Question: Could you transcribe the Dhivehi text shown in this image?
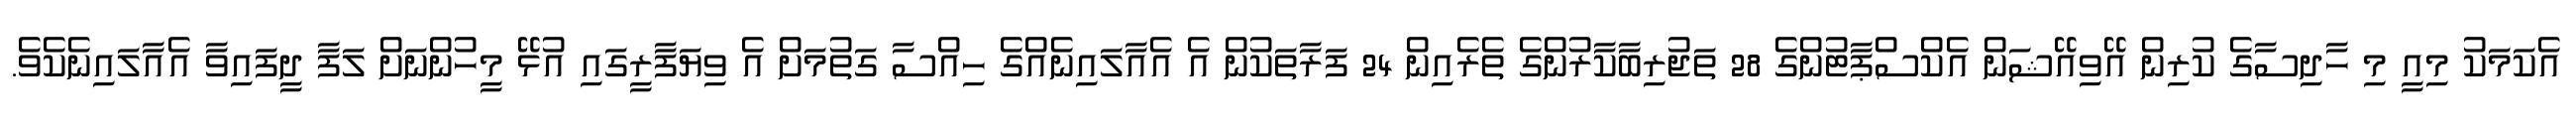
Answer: އެކަމަކު މިއީ މި ހާދިސާގެ ކުރިން އޭވިއޭޝަން އެކްސްޕާޓުންގެ 28 ތަޖުރިބާކާރުންގެ ތެރެއިން 24 ފަރާތަކުން އެ އެއާލައިނެއްގެ ހިއްސާ ގަތުމަށް އެ ވިޔަފާރީގައި އުޅޭ މީހުންނަށް ލަފާ ދީފައިވާ އެއާލައިނެކެވެ.